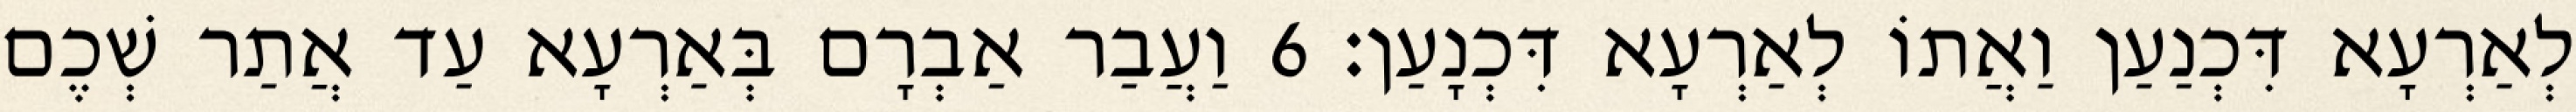
לְאַרְעָא דִּכְנַעַן וַאֲתוֹ לְאַרְעָא דִּכְנָעַן׃ 6 וַעֲבַר אַבְרָם בְּאַרְעָא עַד אֲתַר שְׁכֶם